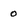
Character: O